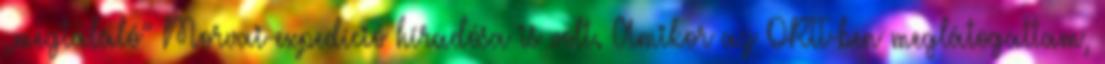
„megtaláló” Morvai-expedíció híradósa is volt. Amikor az ORTT-ben meglátogattam,